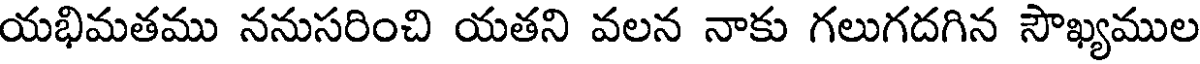
యభిమతము ననుసరించి యతని వలన నాకు గలుగదగిన సౌఖ్యముల